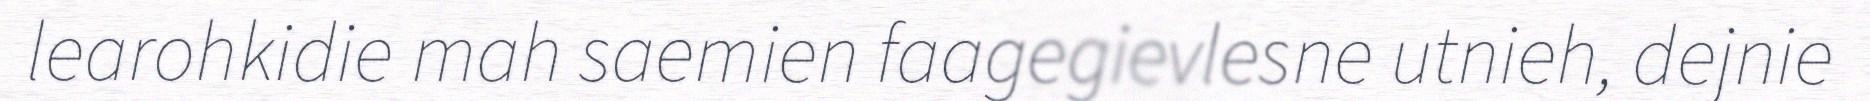
learohkidie mah saemien faagegievlesne utnieh, dejnie